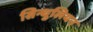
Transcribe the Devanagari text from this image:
सिन्धुलियन